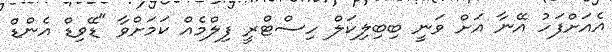
އެއަށްފަހު އޭނާ އަށް ވަނީ ބިބިލިކަލް ހިސްޓްރީ ފިލްމެއް ކަމަށްވާ "ޑޭވިޑް އެންޑް